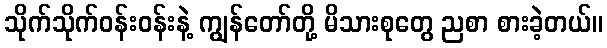
သိုက်သိုက်ဝန်းဝန်းနဲ့ ကျွန်တော်တို့ မိသားစုတွေ ညစာ စားခဲ့တယ်။